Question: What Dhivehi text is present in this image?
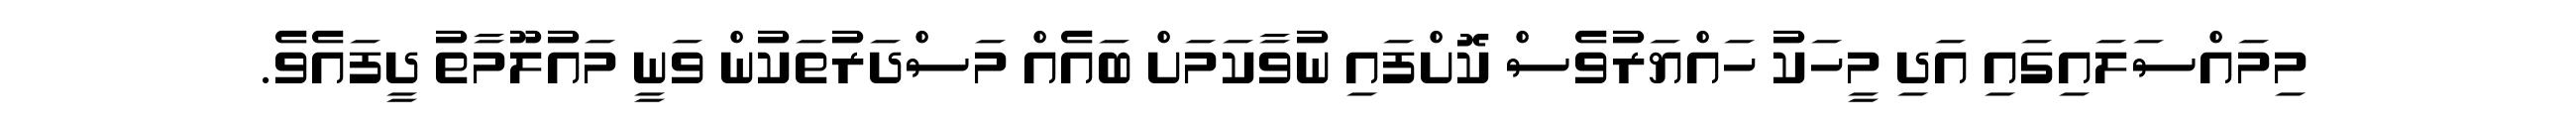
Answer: މިމައްސަލައިގައި އަދި މީހަކު ހައްޔަރުވެސް ކޮށްފައި ނުވާކަމަށް ބައެއް މަސްދަރުތަކުން ވަނީ މައުލޫމާތު ދީފައެވެ.